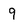
Character: 9